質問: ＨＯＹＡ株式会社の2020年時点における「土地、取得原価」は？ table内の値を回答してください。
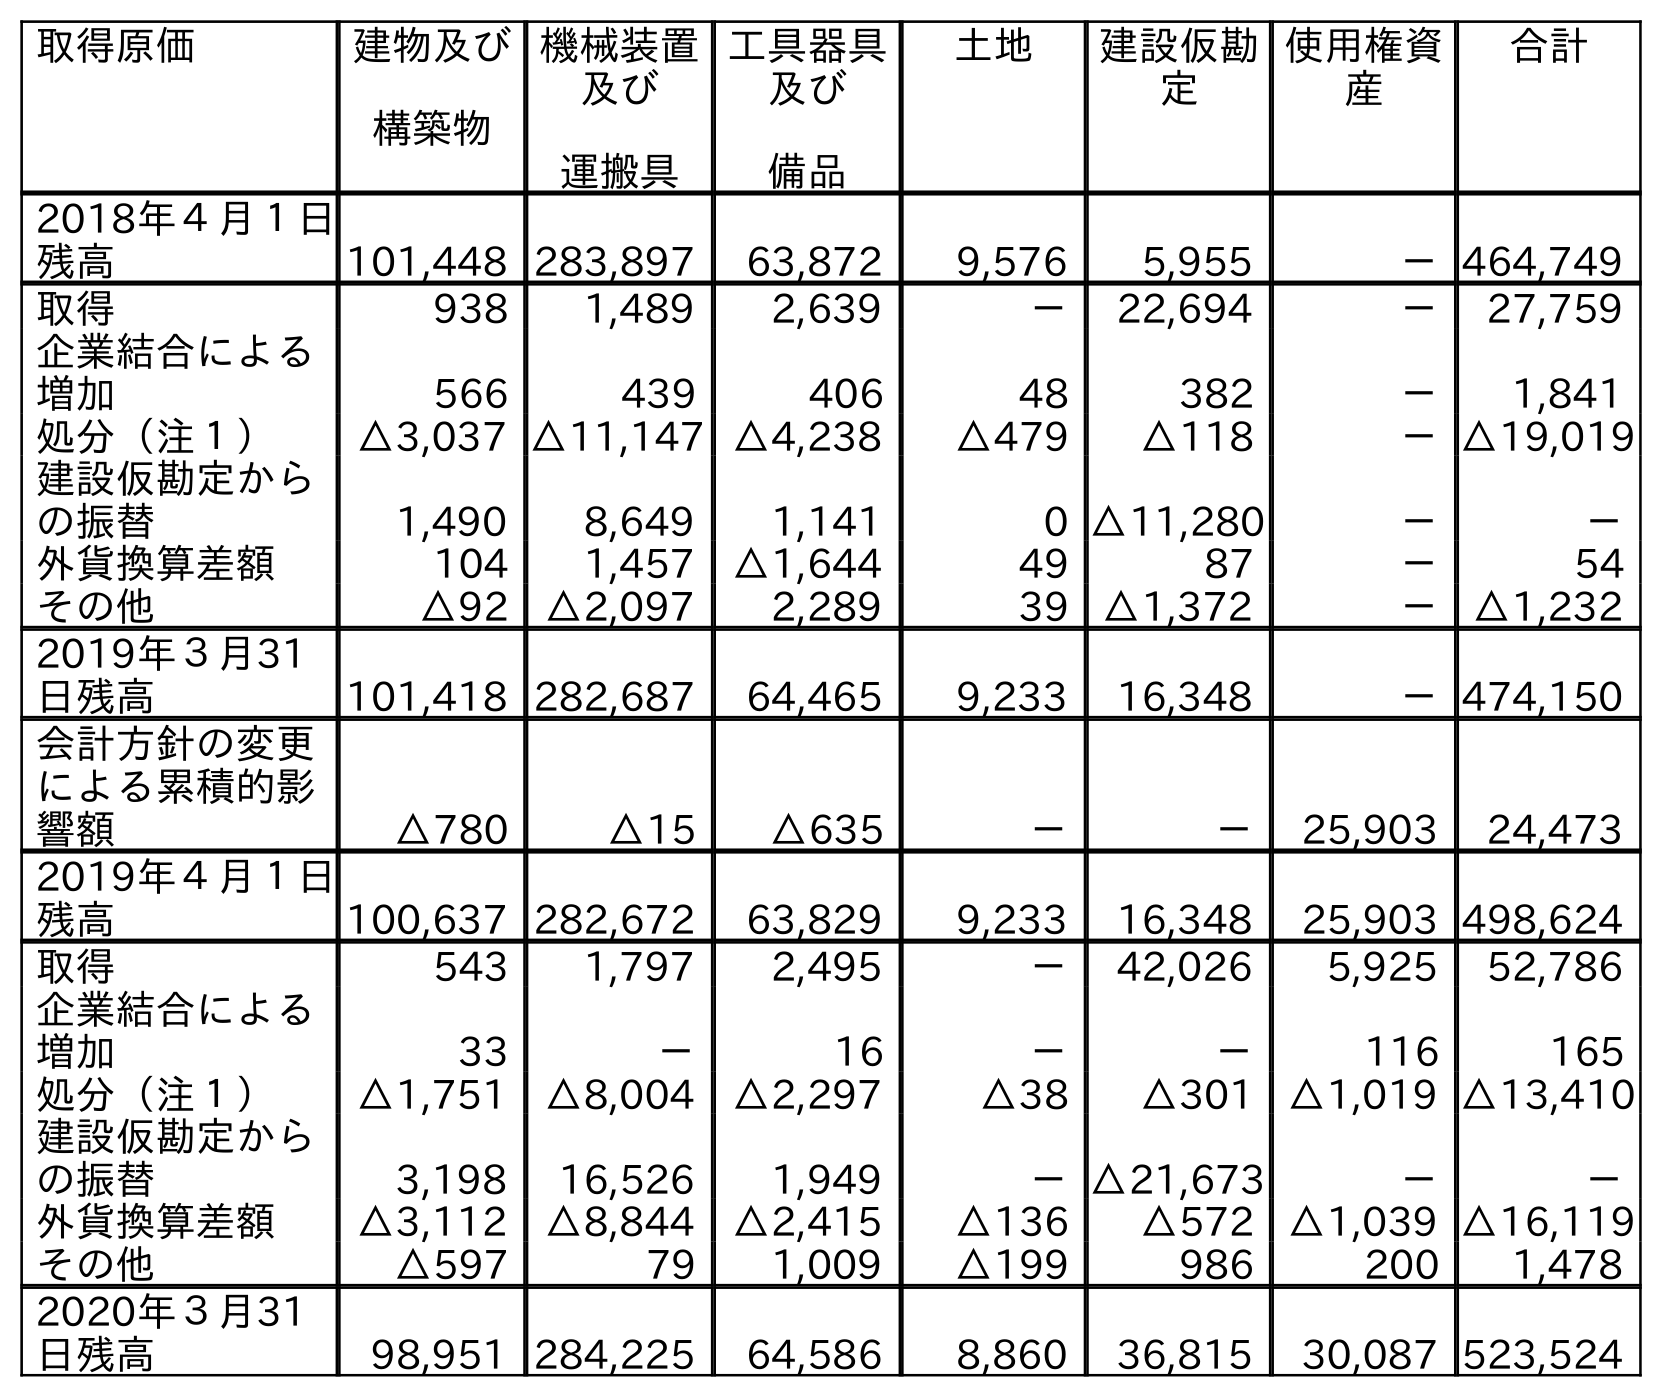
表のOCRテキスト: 取得原価 建物及び 構築物 機械装置 及び 運搬具 工具器具 及び 備品 土地 建設仮勘 定 使用権資 産 合計 2018年４月１日 残高 101,448 283,897 63,872 9,576 5,955 －464,749 取得 938 1,489 2,639 － 22,694 － 27,759 企業結合による 増加 566 439 406 48 382 － 1,841 処分（注１） △3,037 △11,147 △4,238 △479 △118 －△19,019 建設仮勘定から の振替 1,490 8,649 1,141 0 △11,280 － － 外貨換算差額 104 1,457 △1,644 49 87 － 54 その他 △92 △2,097 2,289 39 △1,372 － △1,232 2019年３月31 日残高 101,418 282,687 64,465 9,233 16,348 －474,150 会計方針の変更 による累積的影 響額 △780 △15 △635 － － 25,903 24,473 2019年４月１日 残高 100,637 282,672 63,829 9,233 16,348 25,903 498,624 取得 543 1,797 2,495 － 42,026 5,925 52,786 企業結合による 増加 33 － 16 － － 116 165 処分（注１） △1,751 △8,004 △2,297 △38 △301 △1,019 △13,410 建設仮勘定から の振替 3,198 16,526 1,949 －△21,673 － － 外貨換算差額 △3,112 △8,844 △2,415 △136 △572 △1,039 △16,119 その他 △597 79 1,009 △199 986 200 1,478 2020年３月31 日残高 98,951 284,225 64,586 8,860 36,815 30,087 523,524
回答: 8,860